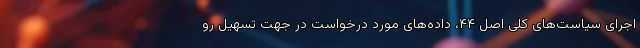
اجرای سیاست‌های کلی اصل ۴۴، داده‌های مورد درخواست در جهت تسهیل رو